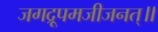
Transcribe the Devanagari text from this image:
जगद्रूपमजीजनत्॥